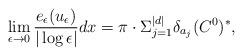
LaTeX: \begin{align*}\lim_{\epsilon\to 0}\frac{e_{\epsilon}(u_{\epsilon})}{|\log\epsilon|}dx= \pi\cdot\Sigma_{j=1}^{|d|}\delta_{a_j}(C^0)^*,\end{align*}